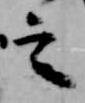
言